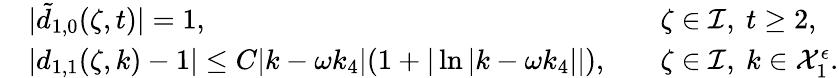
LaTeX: \begin{array}{rlrl}&{|\tilde{d}_{1,0}(\zeta,t)|=1,}&&{\zeta\in\mathcal{I},\ t\geq 2,}\\ &{|d_{1,1}(\zeta,k)-1|\leq C|k-\omega k_{4}|(1+|\ln|k-\omega k_{4}||),}&&{\zeta\in\mathcal{I},\ k\in\mathcal{X}_{1}^{\epsilon}.}\end{array}